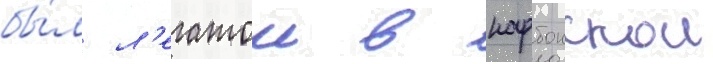
бы́л л'егатом в нарбонскои